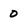
Character: 0